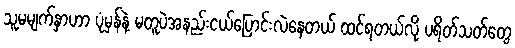
သူမမျက်နှာဟာ ပုံမှန်နဲ့ မတူပဲအနည်းငယ်ပြောင်းလဲနေတယ် ထင်ရတယ်လို့ ပရိတ်သတ်တွေ